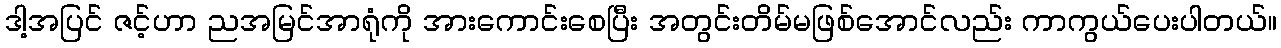
ဒါ့အပြင် ဇင့်ဟာ ညအမြင်အာရုံကို အားကောင်းစေပြီး အတွင်းတိမ်မဖြစ်အောင်လည်း ကာကွယ်ပေးပါတယ်။